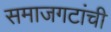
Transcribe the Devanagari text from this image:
समाजगटांची